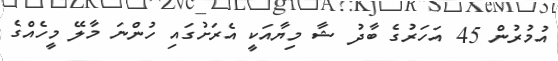
އުމުރުން 45 އަހަރުގެ ބާދު ޝާ މިޔާއަކީ އެރަށުގައި ހުންނަ މާލޭ މީހެއްގެ